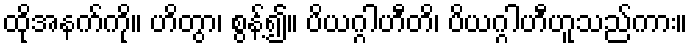
ထိုအနက်ကို။ ဟိတွာ၊ စွန့်၍။ ပိယဂ္ဂါဟီတိ၊ ပိယဂ္ဂါဟီဟူသည်ကား။